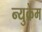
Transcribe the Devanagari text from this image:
न्युक्रेम